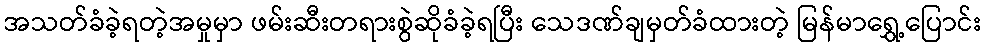
အသတ်ခံခဲ့ရတဲ့အမှုမှာ ဖမ်းဆီးတရားစွဲဆိုခံခဲ့ရပြီး သေဒဏ်ချမှတ်ခံထားတဲ့ မြန်မာရွှေ့ပြောင်း